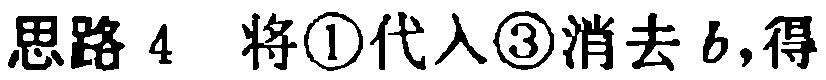
思路 4 将\textcircled{1}代入\textcircled{3}消去\(b\),得